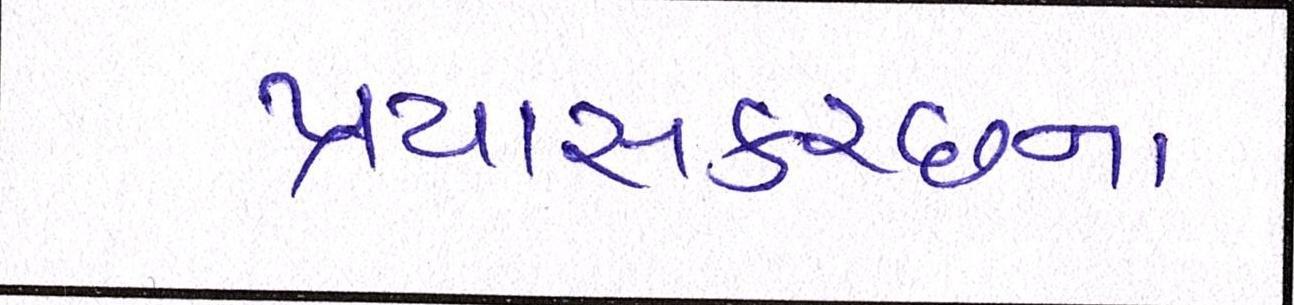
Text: પ્રયાસકચ્છના